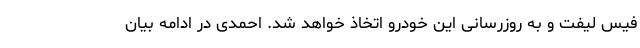
فیس لیفت و به روزرسانی این خودرو اتخاذ خواهد شد. احمدی در ادامه بیان